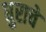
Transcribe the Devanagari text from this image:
धुराचे